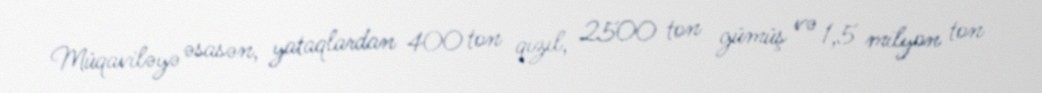
Müqaviləyə əsasən, yataqlardan 400 ton qızıl, 2500 ton gümüş və 1,5 milyon ton